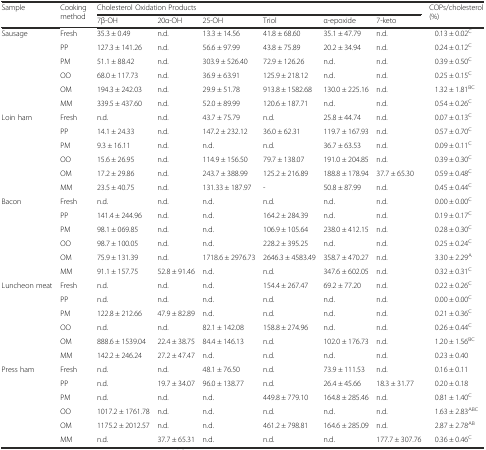
<table><thead><tr><td rowspan="2"><b>Sample</b></td><td rowspan="2"><b>Cooking method</b></td><td colspan="6"><b>Cholesterol Oxidation Products</b></td><td rowspan="2"><b>COPs/cholesterol (%)</b></td></tr><tr><td><b>7β-OH</b></td><td><b>20α-OH</b></td><td><b>25-OH</b></td><td><b>Triol</b></td><td><b>α-epoxide</b></td><td><b>7-keto</b></td></tr></thead><tbody><tr><td rowspan="6">Sausage</td><td>Fresh</td><td>35.3 ± 0.49</td><td>n.d.</td><td>13.3 ± 14.56</td><td>41.8 ± 68.60</td><td>35.1 ± 47.79</td><td>n.d.</td><td>0.13 ± 0.02<sup>C</sup></td></tr><tr><td>PP</td><td>127.3 ± 141.26</td><td>n.d.</td><td>56.6 ± 97.99</td><td>43.8 ± 75.89</td><td>20.2 ± 34.94</td><td>n.d.</td><td>0.24 ± 0.12<sup>C</sup></td></tr><tr><td>PM</td><td>51.1 ± 88.42</td><td>n.d.</td><td>303.9 ± 526.40</td><td>72.9 ± 126.26</td><td>n.d.</td><td>n.d.</td><td>0.39 ± 0.50<sup>C</sup></td></tr><tr><td>OO</td><td>68.0 ± 117.73</td><td>n.d.</td><td>36.9 ± 63.91</td><td>125.9 ± 218.12</td><td>n.d.</td><td>n.d.</td><td>0.25 ± 0.15<sup>C</sup></td></tr><tr><td>OM</td><td>194.3 ± 242.03</td><td>n.d.</td><td>29.9 ± 51.78</td><td>913.8 ± 1582.68</td><td>130.0 ± 225.16</td><td>n.d.</td><td>1.32 ± 1.81<sup>BC</sup></td></tr><tr><td>MM</td><td>339.5 ± 437.60</td><td>n.d.</td><td>52.0 ± 89.99</td><td>120.6 ± 187.71</td><td>n.d.</td><td>n.d.</td><td>0.54 ± 0.26<sup>C</sup></td></tr><tr><td rowspan="6">Loin ham</td><td>Fresh</td><td>n.d.</td><td>n.d.</td><td>43.7 ± 75.79</td><td>n.d.</td><td>25.8 ± 44.74</td><td>n.d.</td><td>0.07 ± 0.13<sup>C</sup></td></tr><tr><td>PP</td><td>14.1 ± 24.33</td><td>n.d.</td><td>147.2 ± 232.12</td><td>36.0 ± 62.31</td><td>119.7 ± 167.93</td><td>n.d.</td><td>0.57 ± 0.70<sup>C</sup></td></tr><tr><td>PM</td><td>9.3 ± 16.11</td><td>n.d.</td><td>n.d.</td><td>n.d.</td><td>36.7 ± 63.53</td><td>n.d.</td><td>0.09 ± 0.11<sup>C</sup></td></tr><tr><td>OO</td><td>15.6 ± 26.95</td><td>n.d.</td><td>114.9 ± 156.50</td><td>79.7 ± 138.07</td><td>191.0 ± 204.85</td><td>n.d.</td><td>0.39 ± 0.30<sup>C</sup></td></tr><tr><td>OM</td><td>17.2 ± 29.86</td><td>n.d.</td><td>243.7 ± 388.99</td><td>125.2 ± 216.89</td><td>188.8 ± 178.94</td><td>37.7 ± 65.30</td><td>0.59 ± 0.48<sup>C</sup></td></tr><tr><td>MM</td><td>23.5 ± 40.75</td><td>n.d.</td><td>131.33 ± 187.97</td><td>-</td><td>50.8 ± 87.99</td><td>n.d.</td><td>0.45 ± 0.44<sup>C</sup></td></tr><tr><td rowspan="6">Bacon</td><td>Fresh</td><td>n.d.</td><td>n.d.</td><td>n.d.</td><td>n.d.</td><td>n.d.</td><td>n.d.</td><td>0.00 ± 0.00<sup>C</sup></td></tr><tr><td>PP</td><td>141.4 ± 244.96</td><td>n.d.</td><td>n.d.</td><td>164.2 ± 284.39</td><td>n.d.</td><td>n.d.</td><td>0.19 ± 0.17<sup>C</sup></td></tr><tr><td>PM</td><td>98.1 ± 069.85</td><td>n.d.</td><td>n.d.</td><td>106.9 ± 105.64</td><td>238.0 ± 412.15</td><td>n.d.</td><td>0.28 ± 0.30<sup>C</sup></td></tr><tr><td>OO</td><td>98.7 ± 100.05</td><td>n.d.</td><td>n.d.</td><td>228.2 ± 395.25</td><td>n.d.</td><td>n.d.</td><td>0.25 ± 0.24<sup>C</sup></td></tr><tr><td>OM</td><td>75.9 ± 131.39</td><td>n.d.</td><td>1718.6 ± 2976.73</td><td>2646.3 ± 4583.49</td><td>358.7 ± 470.27</td><td>n.d.</td><td>3.30 ± 2.29<sup>A</sup></td></tr><tr><td>MM</td><td>91.1 ± 157.75</td><td>52.8 ± 91.46</td><td>n.d.</td><td>n.d.</td><td>347.6 ± 602.05</td><td>n.d.</td><td>0.32 ± 0.31<sup>C</sup></td></tr><tr><td rowspan="6">Luncheon meat</td><td>Fresh</td><td>n.d.</td><td>n.d.</td><td>n.d.</td><td>154.4 ± 267.47</td><td>69.2 ± 77.20</td><td>n.d.</td><td>0.22 ± 0.26<sup>C</sup></td></tr><tr><td>PP</td><td>n.d.</td><td>n.d.</td><td>n.d.</td><td>n.d.</td><td>n.d.</td><td>n.d.</td><td>0.00 ± 0.00<sup>C</sup></td></tr><tr><td>PM</td><td>122.8 ± 212.66</td><td>47.9 ± 82.89</td><td>n.d.</td><td>n.d.</td><td>n.d.</td><td>n.d.</td><td>0.21 ± 0.36<sup>C</sup></td></tr><tr><td>OO</td><td>n.d.</td><td>n.d.</td><td>82.1 ± 142.08</td><td>158.8 ± 274.96</td><td>n.d.</td><td>n.d.</td><td>0.26 ± 0.44<sup>C</sup></td></tr><tr><td>OM</td><td>888.6 ± 1539.04</td><td>22.4 ± 38.75</td><td>84.4 ± 146.13</td><td>n.d.</td><td>102.0 ± 176.73</td><td>n.d.</td><td>1.20 ± 1.56<sup>BC</sup></td></tr><tr><td>MM</td><td>142.2 ± 246.24</td><td>27.2 ± 47.47</td><td>n.d.</td><td>n.d.</td><td>n.d.</td><td>n.d.</td><td>0.23 ± 0.40</td></tr><tr><td rowspan="6">Press ham</td><td>Fresh</td><td>n.d.</td><td>n.d.</td><td>48.1 ± 76.50</td><td>n.d.</td><td>73.9 ± 111.53</td><td>n.d.</td><td>0.16 ± 0.11</td></tr><tr><td>PP</td><td>n.d.</td><td>19.7 ± 34.07</td><td>96.0 ± 138.77</td><td>n.d.</td><td>26.4 ± 45.66</td><td>18.3 ± 31.77</td><td>0.20 ± 0.18</td></tr><tr><td>PM</td><td>n.d.</td><td>n.d.</td><td>n.d.</td><td>449.8 ± 779.10</td><td>164.8 ± 285.46</td><td>n.d.</td><td>0.81 ± 1.40<sup>C</sup></td></tr><tr><td>OO</td><td>1017.2 ± 1761.78</td><td>n.d.</td><td>n.d.</td><td>n.d.</td><td>n.d.</td><td>n.d.</td><td>1.63 ± 2.83<sup>ABC</sup></td></tr><tr><td>OM</td><td>1175.2 ± 2012.57</td><td>n.d.</td><td>n.d.</td><td>461.2 ± 798.81</td><td>164.6 ± 285.09</td><td>n.d.</td><td>2.87 ± 2.78<sup>AB</sup></td></tr><tr><td>MM</td><td>n.d.</td><td>37.7 ± 65.31</td><td>n.d.</td><td>n.d.</td><td>n.d.</td><td>177.7 ± 307.76</td><td>0.36 ± 0.46<sup>C</sup></td></tr></tbody></table>